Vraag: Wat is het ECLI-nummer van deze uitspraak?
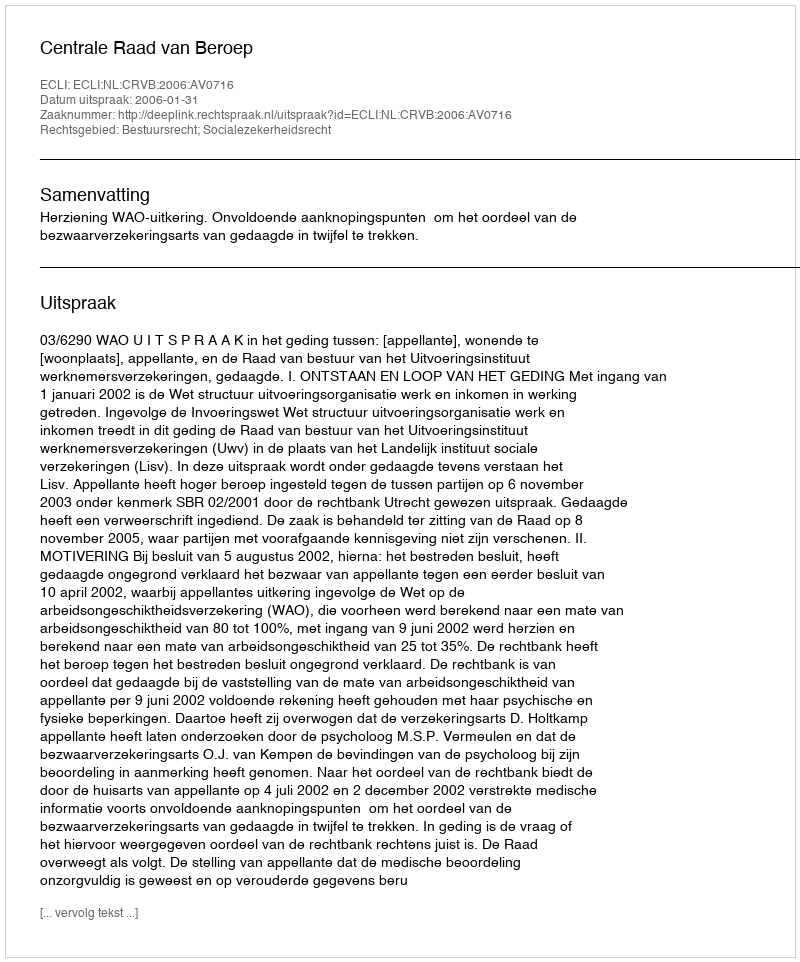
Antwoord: ECLI:NL:CRVB:2006:AV0716